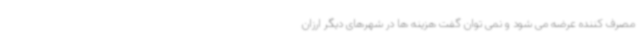
مصرف کننده عرضه می شود و نمی توان گفت هزینه ها در شهرهای دیگر ارزان